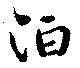
泊